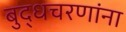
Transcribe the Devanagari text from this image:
बुद्धचरणांना